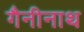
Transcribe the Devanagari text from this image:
गैनीनाथ